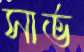
সার্ভ